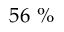
5 6 \ \%